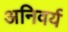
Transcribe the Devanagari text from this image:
अनिवर्य